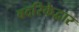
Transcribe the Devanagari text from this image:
बदरिकेद्वार